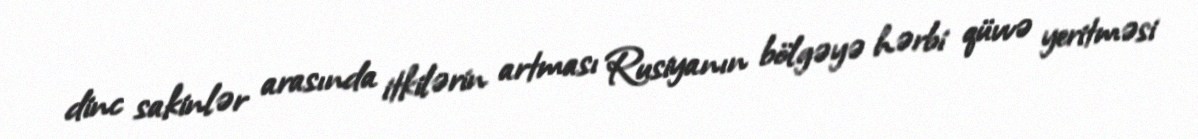
dinc sakinlər arasında itkilərin artması Rusiyanın bölgəyə hərbi qüvvə yeritməsi